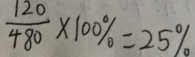
\frac { 1 2 0 } { 4 8 0 } \times 1 0 0 \% = 2 5 \%